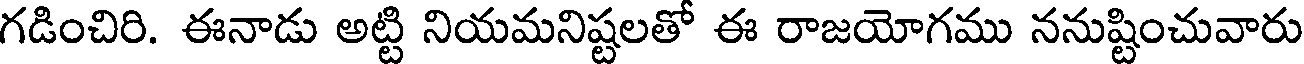
గడించిరి. ఈనాడు అట్టి నియమనిష్టలతో ఈ రాజయోగము ననుష్టించువారు